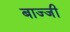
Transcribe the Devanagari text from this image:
बाज्जी